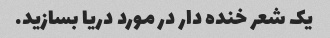
یک شعر خنده دار در مورد دریا بسازید.